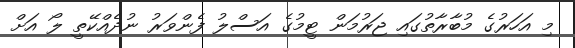
މި އަހަރުގެ މުބާރާތުގައި ޖަރުމަން ޓީމުގެ އަސްލު ފެންވަރު ނުދެއްކޭތީ ލޯ އަށް